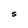
Character: S